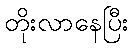
တိုးလာနေပြီး